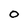
Character: O